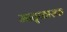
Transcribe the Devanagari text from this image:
मातृ्कारक